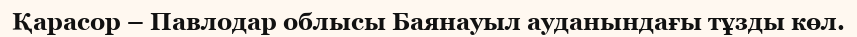
Қарасор – Павлодар облысы Баянауыл ауданындағы тұзды көл.